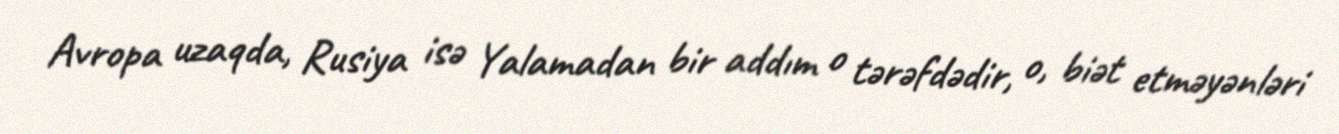
Avropa uzaqda, Rusiya isə Yalamadan bir addım o tərəfdədir, o, biət etməyənləri